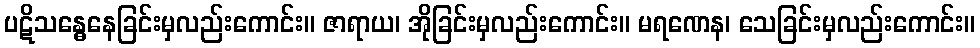
ပဋိသန္ဓေနေခြင်းမှလည်းကောင်း။ ဇာရာယ၊ အိုခြင်းမှလည်းကောင်း။ မရဏေန၊ သေခြင်းမှလည်းကောင်း။